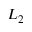
L _ { 2 }